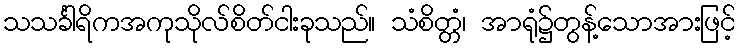
သသင်္ခါရိကအကုသိုလ်စိတ်ငါးခုသည်။ သံစိတ္တံ၊ အာရုံ၌တွန့်သောအားဖြင့်